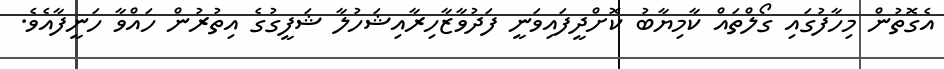
އެގޮތުން މިހާފުގައި ގޯލްތައް ކާމިޔާބު ކޮށްްދީފައިވަނީ ފަދުވާޒާހިރާއިޝަހުލާ ޝަފީގުގެ އިތުރުން ހައްވާ ހަނީފާއެވެ.